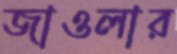
জাওলার